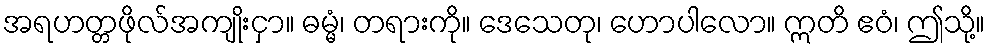
အရဟတ္တဖိုလ်အကျိုးငှာ။ ဓမ္မံ၊ တရားကို။ ဒေသေတု၊ ဟောပါလော။ ဣတိ ဧဝံ၊ ဤသို့။